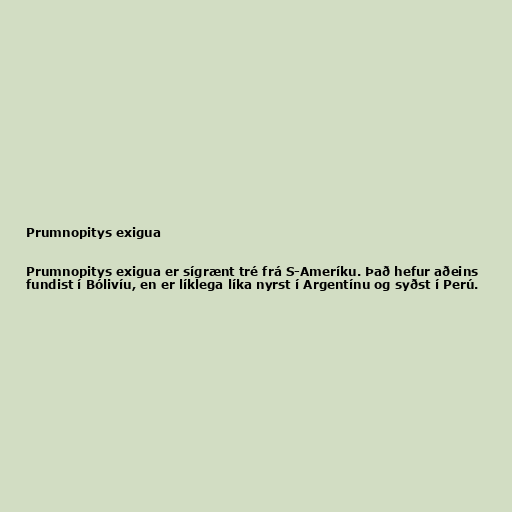
Prumnopitys exigua

Prumnopitys exigua er sígrænt tré frá S-Ameríku. Það hefur aðeins
fundist í Bólivíu, en er líklega líka nyrst í Argentínu og syðst í Perú.